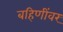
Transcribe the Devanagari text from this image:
बहिणींवर